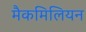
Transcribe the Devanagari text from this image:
मैकमिलियन